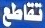
تقاطع